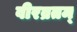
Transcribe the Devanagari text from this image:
वीरव्रतम्‌